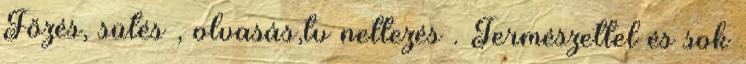
Főzés, sütés , olvasás,tv nettezés . Természettel és sok